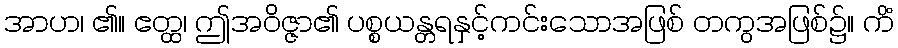
အာဟ၊ ၏။ ဧတ္ထ၊ ဤအဝိဇ္ဇာ၏ ပစ္စယန္တရနှင့်ကင်းသောအဖြစ် တကွအဖြစ်၌။ ကိံ